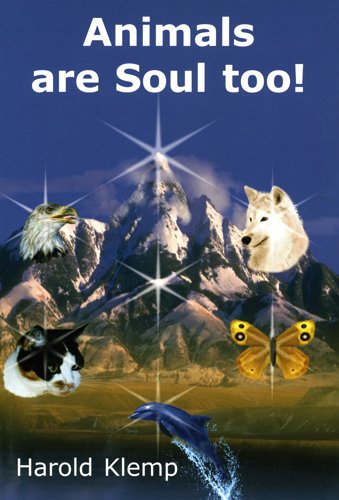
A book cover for Animals are Soul Too!; Harold Klemp; Religion & Spirituality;